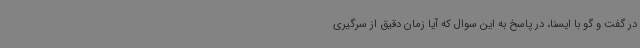
در گفت و گو با ایسنا، در پاسخ به این سوال که آیا زمان دقیق از سرگیری